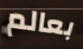
بعالم